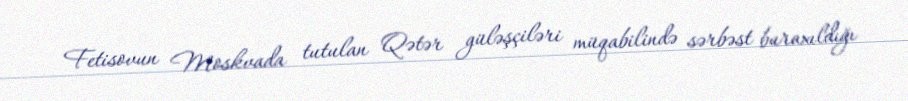
Fetisovun Moskvada tutulan Qətər güləşçiləri müqabilində sərbəst buraxıldığı